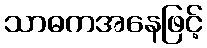
သာဓကအနေဖြင့်